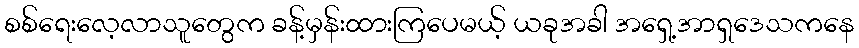
စစ်ရေးလေ့လာသူတွေက ခန့်မှန်းထားကြပေမယ့် ယခုအခါ အရှေ့အာရှဒေသကနေ